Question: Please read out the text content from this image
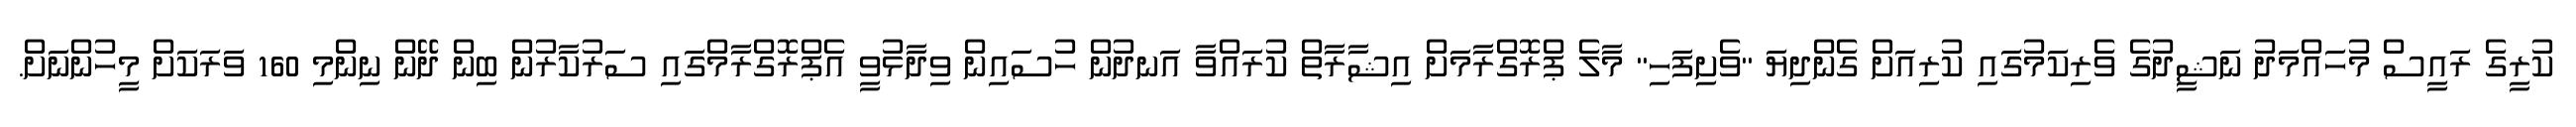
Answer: ކުރީގެ ރައީސް މުހައްމަދު ނަޝީދުގެ ވެރިކަމުގައި ކުރިއަށް ގެންދިޔަ "ވެށިފަހި" މާލެ ޕްރޮގްރާމަށް އިޝާރާތް ކުރައްވާ އަނދުން ހުސައިން ވިދާޅުވީ އެޕްރޮގްރާމްގައި ސަރުކާރުން ބިން ދޭން ނިންމި 160 ވަރަކަށް މީހުންނަށް.